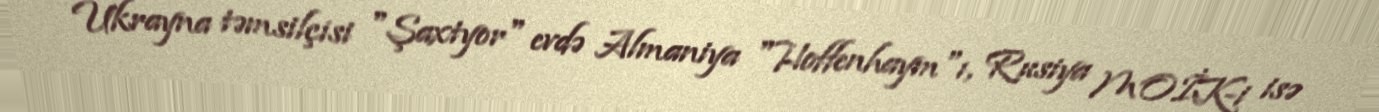
Ukrayna təmsilçisi "Şaxtyor" evdə Almaniya "Hoffenhaym"ı, Rusiya MOİK-i isə